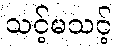
သင့်မသင့်